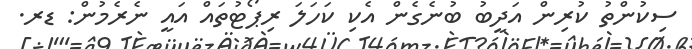
ސިކުންތު ކުރިން އަދީބު ބުނެގެން އެކި ކަހަލަ ރިޕޯޓުތައް އައީ ނެރެމުން: ޑރ.